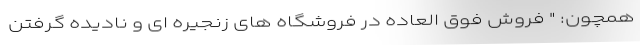
همچون: " فروش فوق العاده در فروشگاه های زنجیره ای و نادیده گرفتن